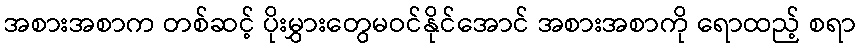
အစားအစာက တစ်ဆင့် ပိုးမွှားတွေမဝင်နိုင်အောင် အစားအစာကို ရောထည့် စရာ